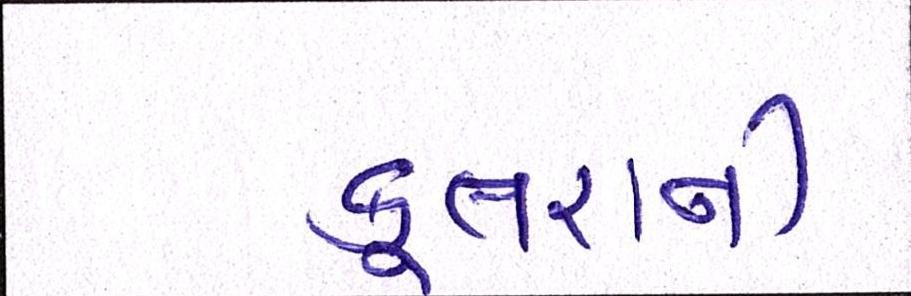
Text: કૂતરાની